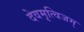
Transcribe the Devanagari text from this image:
देवमृत्विजम्